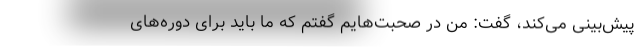
پیش‌بینی می‌کند، گفت: من در صحبت‌هایم گفتم که ما باید برای دوره‌های